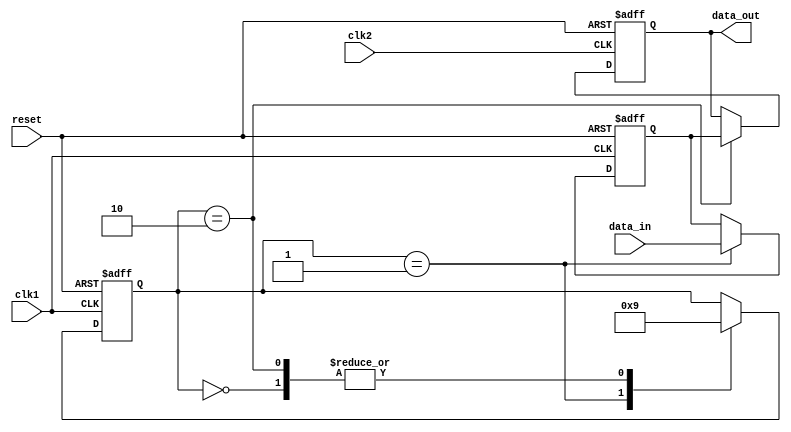
module synchronizer(
input wire clk1, //clock signal for domain 1
input wire clk2, //clock signal for domain 2
input wire reset,
input wire data_in,
output reg data_out
);

// Timing control module
reg [1:0] state;
always @(posedge clk1 or posedge reset)
begin
if (reset)
state <= 2'b00; // reset state
else
case(state)
2'b00: state <= 2'b01; // state 1
2'b01: state <= 2'b10; // state 2
2'b10: state <= 2'b01; // state 1
endcase
end

// Synchronization block
reg data_sync;
always @(posedge clk1 or posedge reset)
begin
if (reset)
data_sync <= 1'b0; // reset synchronization
else if (state == 2'b01) // sync data when in state 1
data_sync <= data_in;
end

// Handshaking logic
always @(posedge clk2 or posedge reset)
begin
if (reset)
data_out <= 1'b0; // reset output
else if (state == 2'b10) // output synchronized data when in state 2
data_out <= data_sync;
end

endmodule